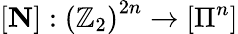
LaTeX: \left[\mathbf{N}\right]:\left(\mathbb{Z}_{2}\right)^{2n}\rightarrow\left[\Pi^{n}\right]